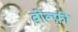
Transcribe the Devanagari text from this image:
वोल्फ़ी